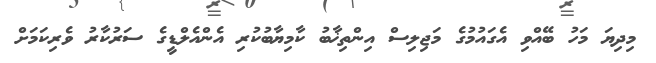
މިދިޔަ މަހު ބޭއްވި އެގައުމުގެ މަޖިލިސް އިންތިޚާބު ކާމިޔާބުކުރި އެންއެލްޑީގެ ސަރުކާރު ވެރިކަމަށް